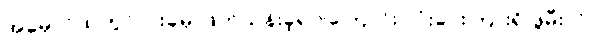
အမှောင်ထဲတွင် ငါးခုမှ ဖြတ်သန်းခဲ့ရပါကြောင်း လုံးခင်းကြားရှိ ဖွဲမီးလို